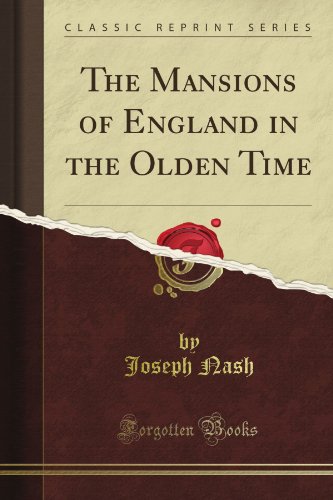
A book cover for The Mansions of England in the Olden Time (Classic Reprint); Joseph Nash; Arts & Photography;